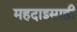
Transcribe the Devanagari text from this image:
महदाइसाही